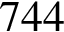
7 4 4